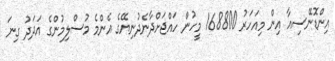
އިންޑޮނޭސިއާ އިން މިއަހަރު 168800 މީހުން ހައްޖަށްދާނެދުނިޔޭގެ އެންމެ މުސްލިމުންގެ އަދަދު ގިނަ